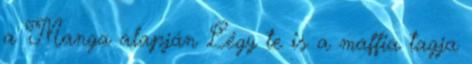
a Manga alapján Légy te is a maffia tagja